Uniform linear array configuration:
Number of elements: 8
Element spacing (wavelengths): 0.5
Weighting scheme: cosine
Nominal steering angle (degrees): -45
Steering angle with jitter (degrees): -46.867
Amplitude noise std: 0.05
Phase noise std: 0.05

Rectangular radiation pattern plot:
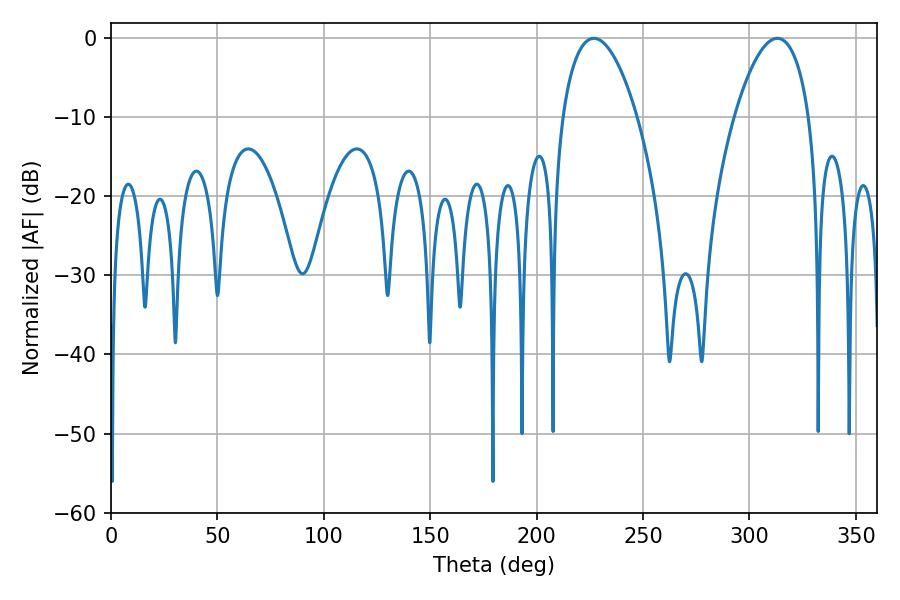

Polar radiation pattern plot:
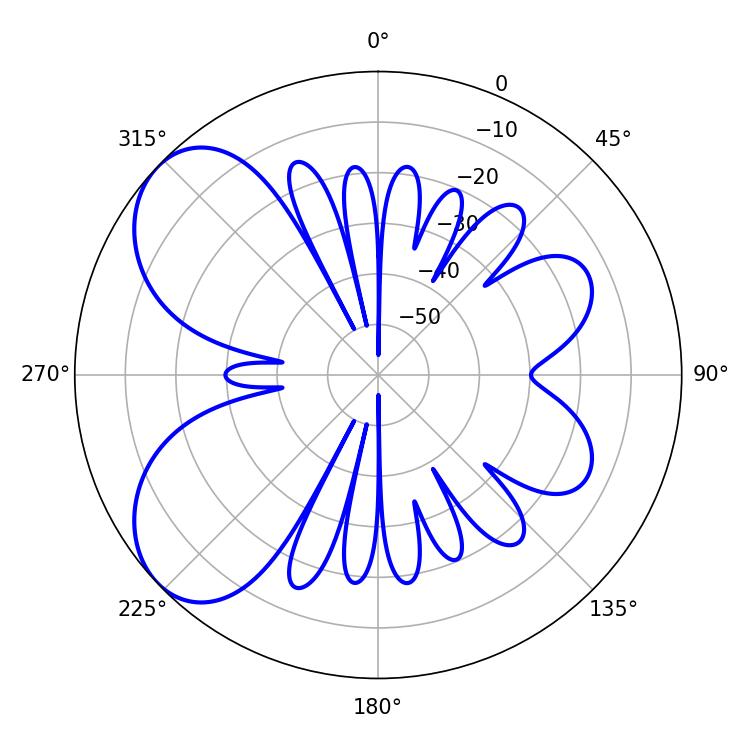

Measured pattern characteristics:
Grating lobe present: FALSE
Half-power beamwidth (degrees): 19.62
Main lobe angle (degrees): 226.8